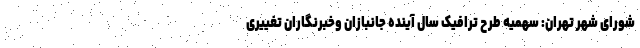
شورای شهر تهران: سهمیه طرح ترافیک سال آینده جانبازان وخبرنگاران تغییری